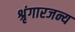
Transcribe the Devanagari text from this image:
श्रृंगारजन्य